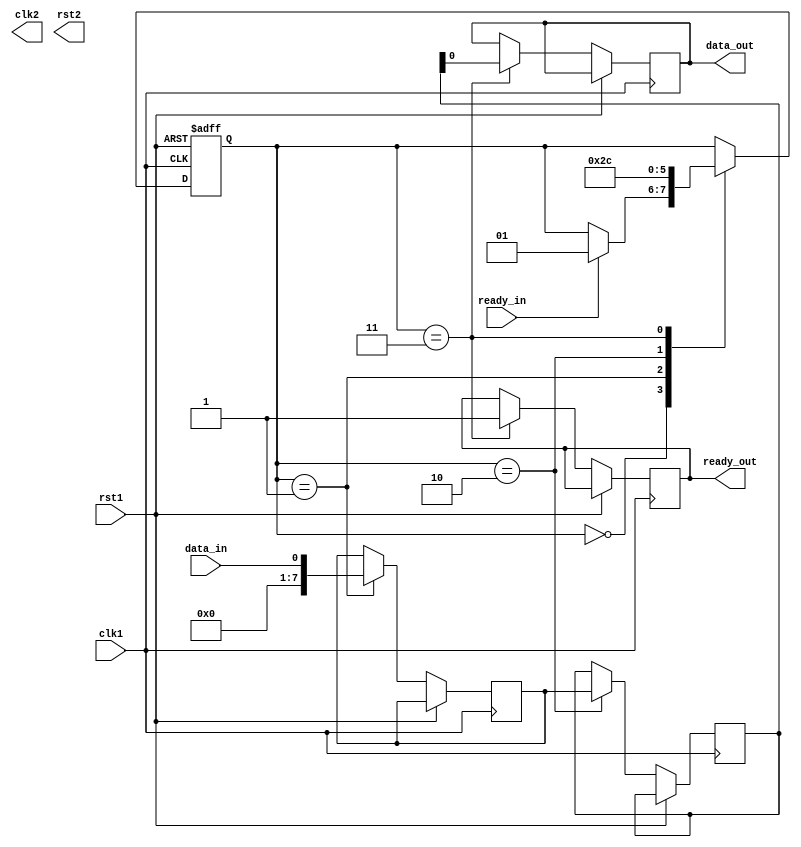
module synchronizer (
    input wire clk1, // input clock domain 
    input wire rst1, // reset for input clock domain 
    input wire data_in, // input data from input clock domain 
    input wire ready_in, // input ready signal from input clock domain 
    output wire ready_out, // output ready signal to output clock domain 
    output reg data_out, // output data to output clock domain 
    output wire clk2, // output clock domain 
    output wire rst2 // reset for output clock domain 
);

reg [7:0] data_reg; // register to hold input data before synchronization 
reg [7:0] sync_data; // register to hold synchronized data 
reg [1:0] state; // state variable for handshaking logic 

always @ (posedge clk1 or posedge rst1)
begin
    if (rst1)
        state <= 2'b00;
    else
        case (state)
            2'b00: begin
                if (ready_in)
                    state <= 2'b01;
            end
            2'b01: begin
                data_reg <= data_in;
                state <= 2'b10;
            end
            2'b10: begin
                sync_data <= data_reg;
                state <= 2'b11;
            end
            2'b11: begin
                data_out <= sync_data;
                ready_out <= 1;
                state <= 2'b00;
            end
        endcase
end

endmodule